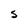
Character: S